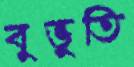
বুভুতি